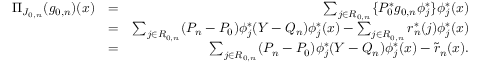
\begin{array} { r l r } { \Pi _ { J _ { 0 , n } } ( g _ { 0 , n } ) ( x ) } & { = } & { \sum _ { j \in { \cal R } _ { 0 , n } } \{ P _ { 0 } ^ { * } g _ { 0 , n } \phi _ { j } ^ { * } \} \phi _ { j } ^ { * } ( x ) } \\ & { = } & { \sum _ { j \in { \cal R } _ { 0 , n } } ( P _ { n } - P _ { 0 } ) \phi _ { j } ^ { * } ( Y - { Q _ { n } } ) \phi _ { j } ^ { * } ( x ) - \sum _ { j \in { \cal R } _ { 0 , n } } r _ { n } ^ { * } ( j ) \phi _ { j } ^ { * } ( x ) } \\ & { = } & { \sum _ { j \in { \cal R } _ { 0 , n } } ( P _ { n } - P _ { 0 } ) \phi _ { j } ^ { * } ( Y - { Q _ { n } } ) \phi _ { j } ^ { * } ( x ) - \tilde { r } _ { n } ( x ) . } \end{array}